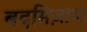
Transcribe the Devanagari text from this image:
बदमिज़ाज